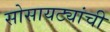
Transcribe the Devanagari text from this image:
सोसायट्यांची